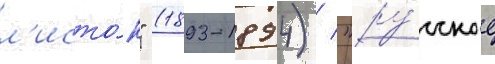
л'исто́к" (1893-1894) / "ру́сское